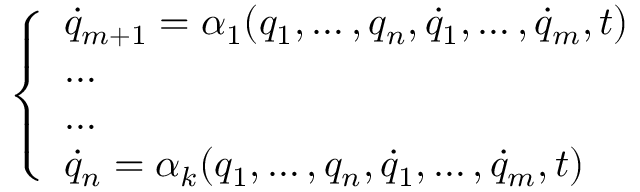
\left\{ \begin{array} { l l } { { \dot { q } } _ { m + 1 } = \alpha _ { 1 } ( q _ { 1 } , \dots , q _ { n } , { \dot { q } } _ { 1 } , \dots , { \dot { q } } _ { m } , t ) } \\ { \dots } \\ { \dots } \\ { { \dot { q } } _ { n } = \alpha _ { k } ( q _ { 1 } , \dots , q _ { n } , { \dot { q } } _ { 1 } , \dots , { \dot { q } } _ { m } , t ) } \end{array} \right.